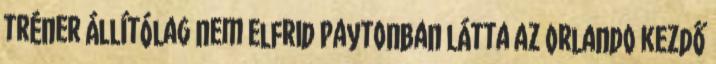
tréner állítólag nem Elfrid Paytonban látta az Orlando kezdő